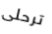
ترحلى